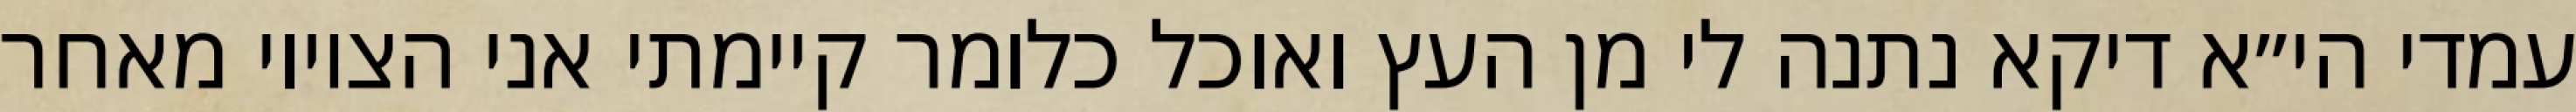
עמדי הי״א דיקא נתנה לי מן העץ ואוכל כלומר קיימתי אני הציווי מאחר